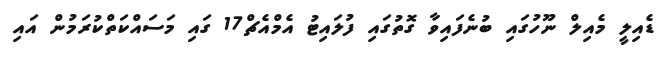
ޑެއިލީ މެއިލް ނޫހުގައި ބުނެފައިވާ ގޮތުގައި ފުލައިޓު އެމްއެޗް17 ގައި މަސައްކަތްކުރަމުން އައި